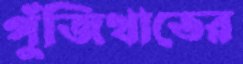
পুঁজিখাতের